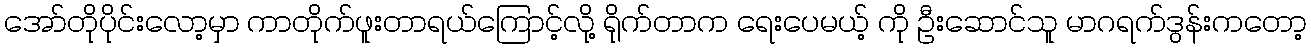
အော်တိုပိုင်းလော့မှာ ကာတိုက်ဖူးတာရယ်ကြောင့်လို့ ရိုက်တာက ရေးပေမယ့် ကို ဦးဆောင်သူ မာဂရက်ဒွန်းကတော့